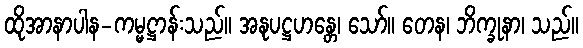
ထိုအာနာပါန-ကမ္မဋ္ဌာန်းသည်။ အနုပဋ္ဌဟန္တေ၊ သော်။ တေန၊ ဘိက္ခုနာ၊ သည်။